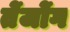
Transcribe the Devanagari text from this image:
तेंजोंग